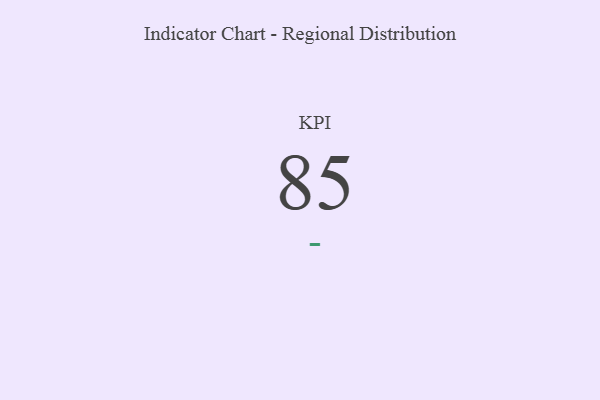
{"axis": {"x": "KPI", "y": "Value"}, "legend": [""], "data": [{"x": "KPI", "y": 85, "type": ""}]}